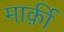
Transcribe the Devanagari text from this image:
मार्क़ी